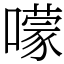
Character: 𡁏